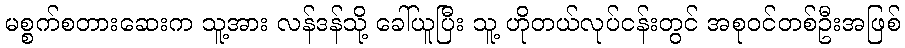
မစ္စက်စတားဆေးက သူ့အား လန်ဒန်သို့ ခေါ်ယူပြီး သူ့ ဟိုတယ်လုပ်ငန်းတွင် အစုဝင်တစ်ဦးအဖြစ်